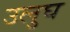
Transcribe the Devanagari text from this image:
उलुघ